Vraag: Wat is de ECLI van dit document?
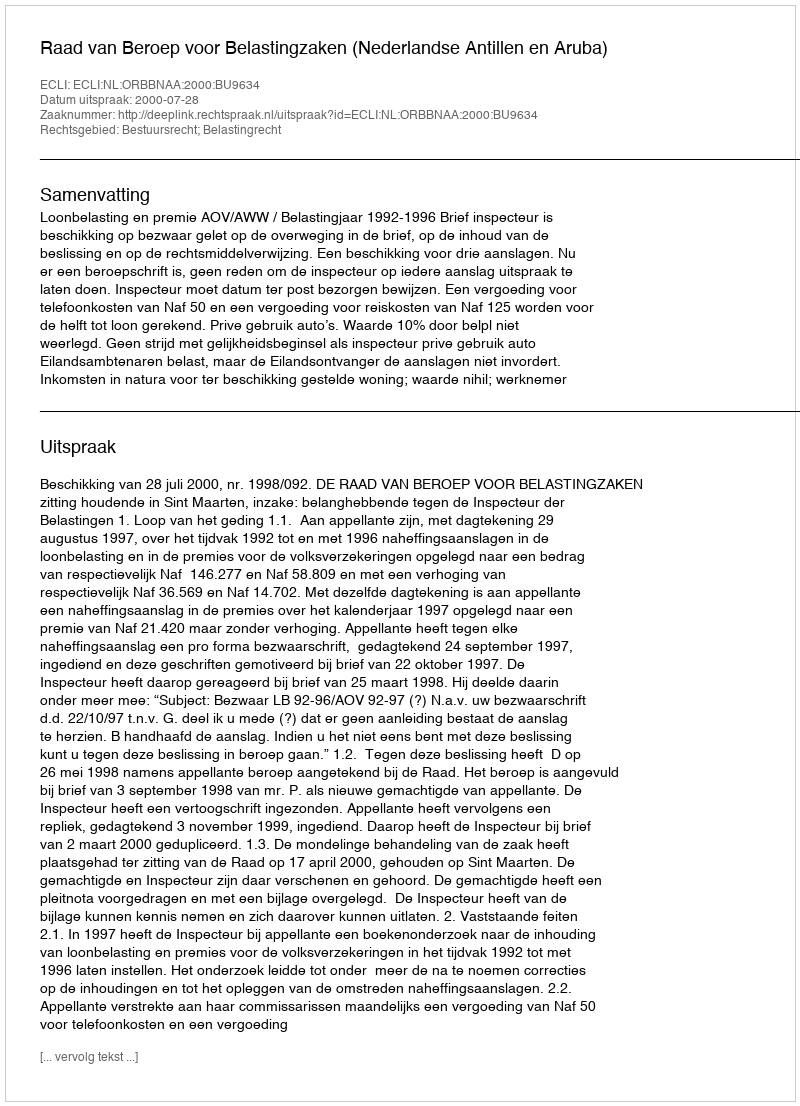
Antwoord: ECLI:NL:ORBBNAA:2000:BU9634